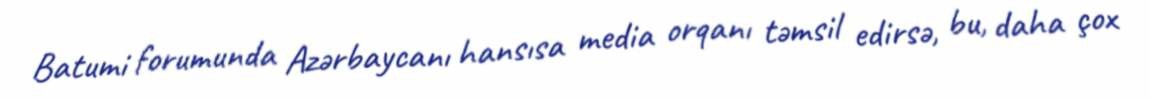
Batumi forumunda Azərbaycanı hansısa media orqanı təmsil edirsə, bu, daha çox